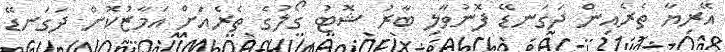
އޭރިޔާ ތެރެއިން ދަގަނޑޭ ފޮނުވާލި ބާރު ޝޮޓު ގޯލުގެ ތެރެއަށް އަމާޒުކޮށް ދަގަނޑޭ